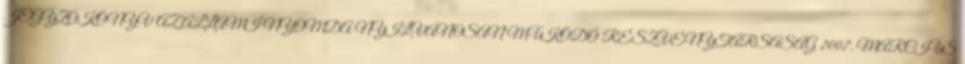
JEGYZŐKÖNYV AZ ÁLLAMI NYOMDA NYILVÁNOSAN MŰKÖDŐ RÉSZVÉNYTÁRSASÁG 2007. MÁRCIUS